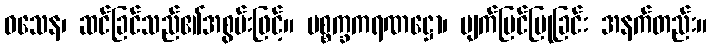
ဝသေန၊ ဆင်ခြင်သည်၏အစွမ်းဖြင့်။ ပစ္စက္ခကရဏဋ္ဌော၊ မျက်မြင်ပြုခြင်း အနက်တည်း။